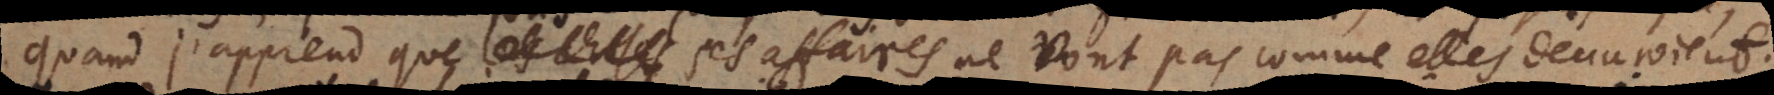
quand j’apprends que ses affaires ne vont pas comme elles deuvroient.